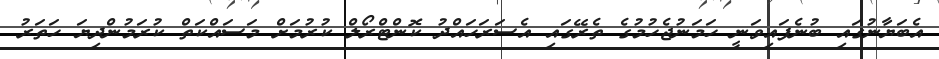
އެބަޔާނުގައި ބުނެފައިވަނީ ހަމަނުޖެހުމުގެ ތެރޭގައި އެސަރަހައްދު ކޮންޓްރޯލް ކުރުމަށް މަސައްކަތް ކުރަމުންދިޔަ ހަތަރު